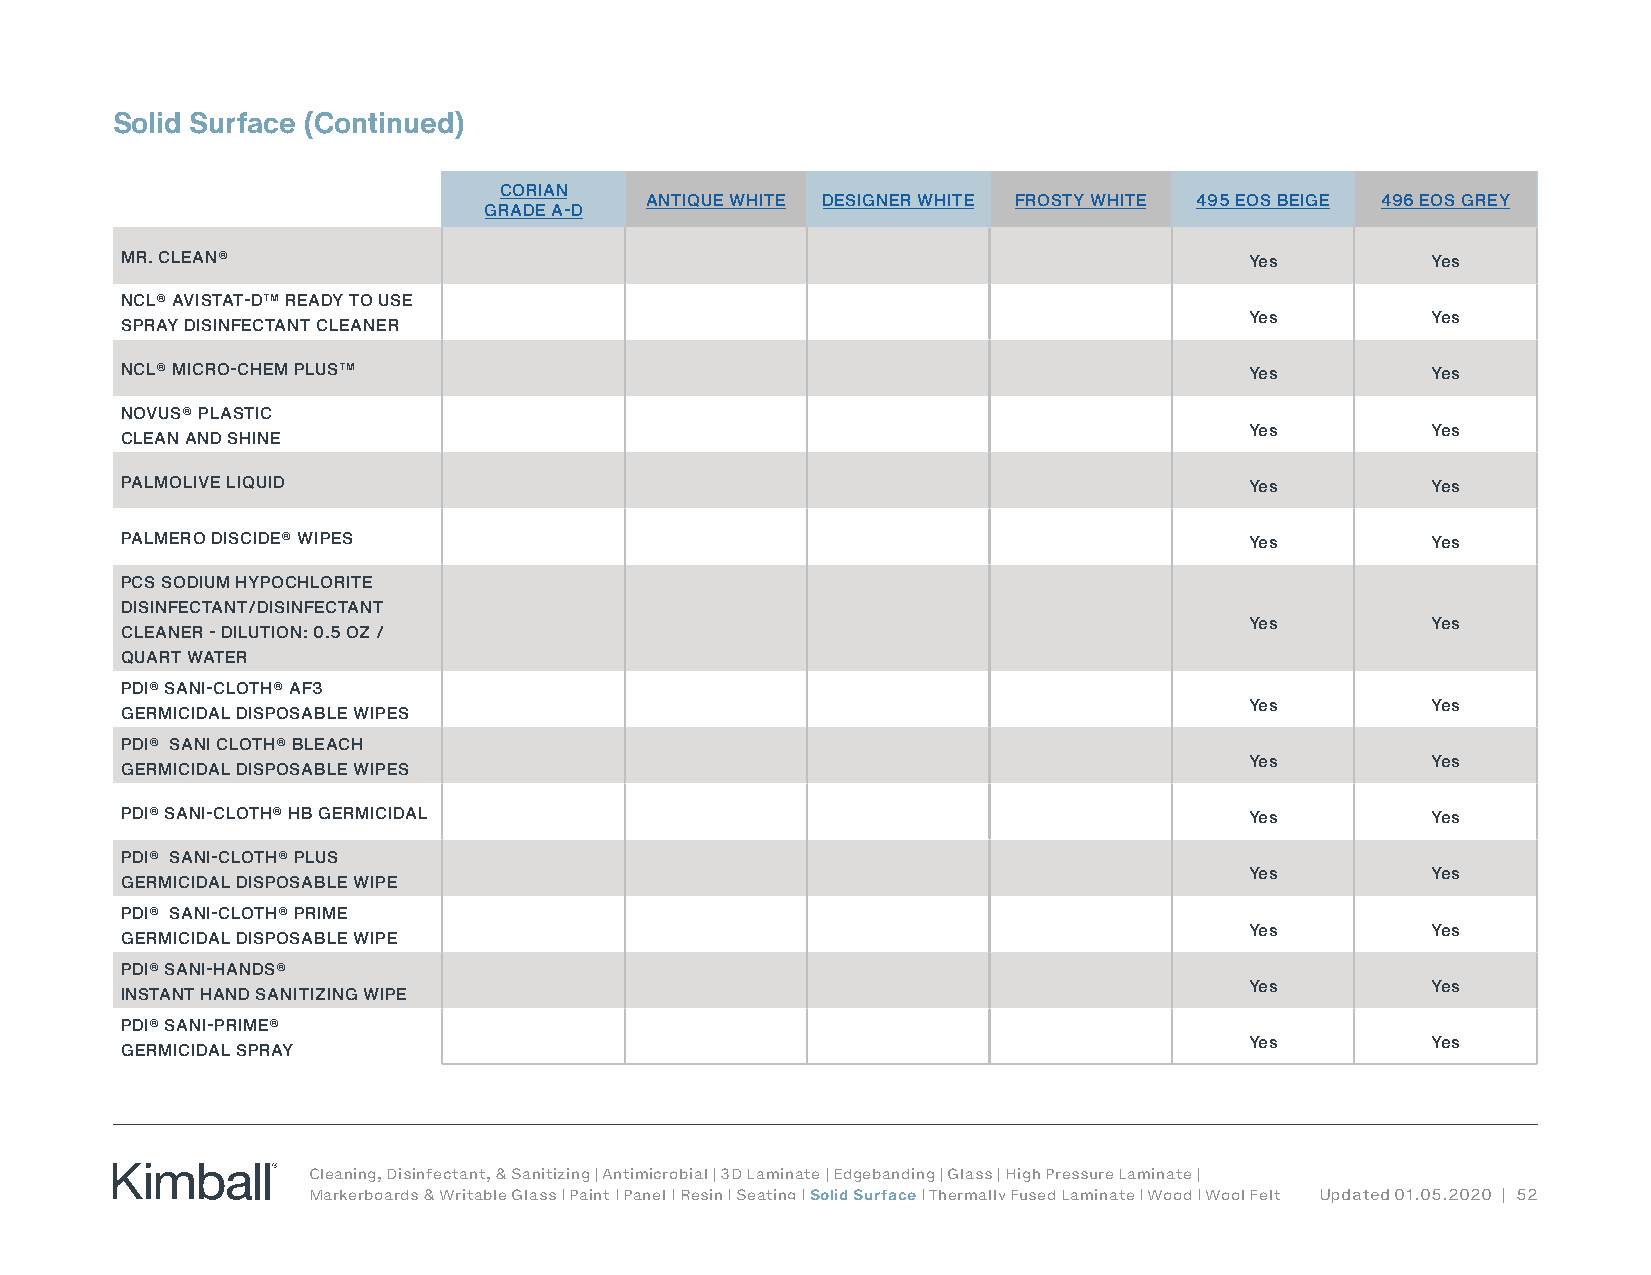
Solid Surface (Continued)
 CORIAN
 ANTIQUE WHITE DESIGNER WHITE FROSTY WHITE 495 EOS BEIGE 496 EOS GREY
 GRADE A-D
 MR. CLEAN®                                                                 Yes         Yes
 NCL® AVISTAT-D™ READY TO USE
 Yes         Yes
 SPRAY DISINFECTANT CLEANER
 NCL® MICRO-CHEM PLUS™                                                      Yes         Yes
 NOVUS® PLASTIC
 Yes         Yes
 CLEAN AND SHINE
 PALMOLIVE LIQUID                                                           Yes         Yes
 PALMERO DISCIDE® WIPES                                                     Yes         Yes
 PCS SODIUM HYPOCHLORITE
 DISINFECTANT/DISINFECTANT
 Yes         Yes
 CLEANER - DILUTION: 0.5 OZ /
 QUART WATER
 PDI® SANI-CLOTH® AF3
 Yes         Yes
 GERMICIDAL DISPOSABLE WIPES
 PDI® SANI CLOTH® BLEACH
 Yes         Yes
 GERMICIDAL DISPOSABLE WIPES
 PDI® SANI-CLOTH® HB GERMICIDAL                                             Yes         Yes
 PDI® SANI-CLOTH® PLUS
 Yes         Yes
 GERMICIDAL DISPOSABLE WIPE
 PDI® SANI-CLOTH® PRIME
 Yes         Yes
 GERMICIDAL DISPOSABLE WIPE
 PDI® SANI-HANDS®
 Yes         Yes
 INSTANT HAND SANITIZING WIPE
 PDI® SANI-PRIME®
 Yes         Yes
 GERMICIDAL SPRAY
 Cleaning, Disinfectant, & Sanitizing | Antimicrobial | 3D Laminate | Edgebanding | Glass | High Pressure Laminate |
 Markerboards & Writable Glass | Paint | Panel | Resin | Seating | Solid Surface | Thermally Fused Laminate | Wood | Wool Felt Updated 01.05.2020 | 52